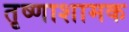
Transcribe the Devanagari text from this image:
तृष्णाशामक